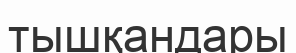
тышқандары